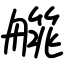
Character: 艞